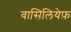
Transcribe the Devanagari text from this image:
वासिलियेफ़